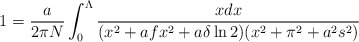
\begin{align*}1={a \over 2\pi N} \int_0^{\Lambda} {x dx \over (x^2+ afx^2+a \delta \ln2 )(x^2 +\pi^2+a^2s^2) }\end{align*}